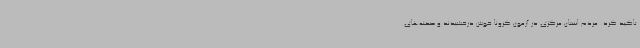
تاکید کرد: مردم استان مرکزی در آزمون کرونا خوش درخشیدند و صحنه‌های